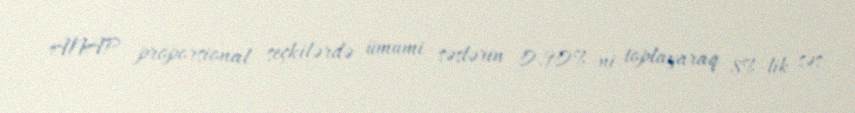
ANAP proporsional seçkilərdə ümumi səslərin 0.90%-ni toplayaraq 8%-lik səs